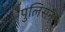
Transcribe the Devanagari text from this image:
पुलिसने